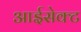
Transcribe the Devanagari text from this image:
आईसेक्ट